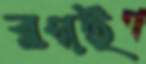
ব্লগই